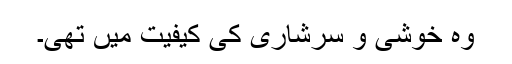
وہ خوشی و سرشاری کی کیفیت میں تھی۔